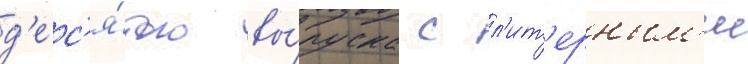
д'ес'я́того вы́пуска с л'ит'ерным'и